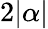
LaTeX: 2|\alpha|